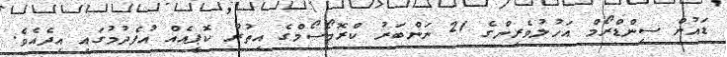
ޑައުން ސިންޑްރޯމް އަހުލުވެރިންގެ 21 ނަންބަރު ކްރޮމޯސޯމްގެ އިތުރު ކޮޕީއެއް އުފެދުމުގައި އިދެއެވެ.